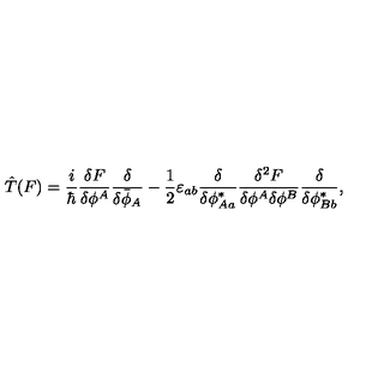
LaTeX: \hat { T } ( F ) = \frac { i } { \hbar } \frac { \delta F } { \delta \phi ^ { A } } \frac { \delta } { \delta \bar { \phi } _ { A } } - \frac { 1 } { 2 } \varepsilon _ { a b } \frac { \delta } { \delta \phi _ { A a } ^ { * } } \frac { \delta ^ { 2 } F } { \delta \phi ^ { A } \delta \phi ^ { B } } \frac { \delta } { \delta \phi _ { B b } ^ { * } } ,